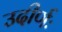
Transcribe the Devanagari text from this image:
उदीर्णः